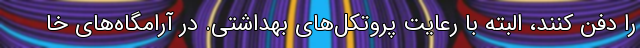
را دفن کنند، البته با رعایت پروتکل‌های بهداشتی. در آرامگاه‌های خا